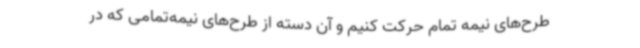
طرح‌های نیمه تمام حرکت کنیم و آن دسته از طرح‌های نیمه‌تمامی که در